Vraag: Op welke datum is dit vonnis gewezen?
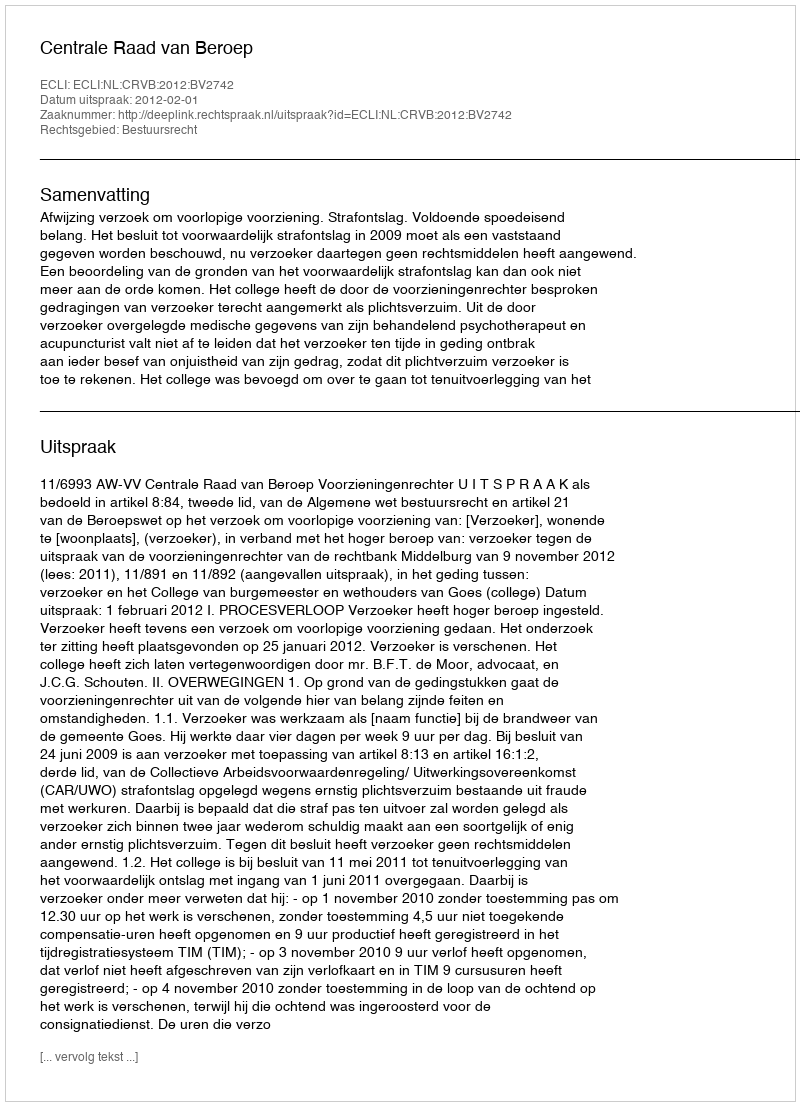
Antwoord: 2012-02-01